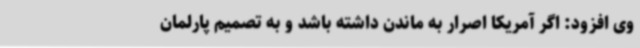
وی افزود: اگر آمریکا اصرار به ماندن داشته باشد و به تصمیم پارلمان